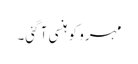
مہرو کو ہنسی آ گئی۔